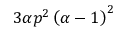
3 \alpha p ^ { 2 } \left( \alpha - 1 \right) ^ { 2 }